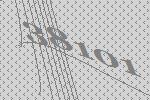
38101